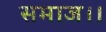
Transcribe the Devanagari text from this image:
समाज।।